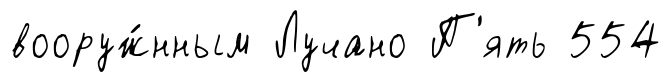
вооруж́нным Лучано П'ять 554